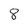
Character: 8